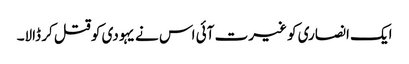
ایک انصاری کو غیرت آئی اس نے یہودی کو قتل کر ڈالا۔